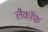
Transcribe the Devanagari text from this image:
लैकॉफ